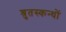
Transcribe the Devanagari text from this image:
श्रुतस्कन्धों